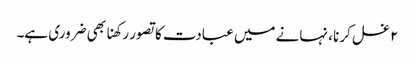
۲ غسل کرنا ، نہانے میں عبادت کا تصور رکھنا بھی ضروری ہے۔